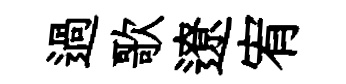
過歌遼宥